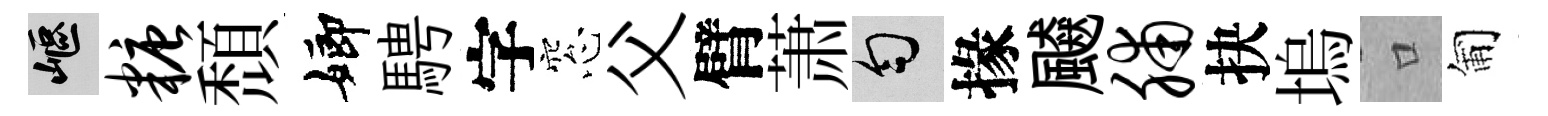
嶇糖頹嫏騁字窓父臂萧匀掾飇脯抉塢口匍